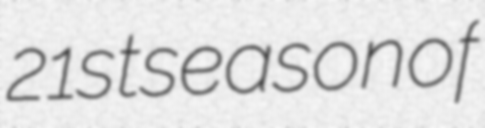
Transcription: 21st season of